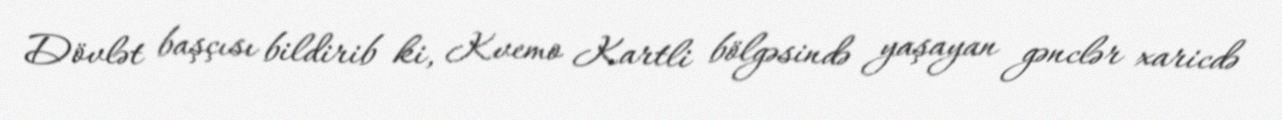
Dövlət başçısı bildirib ki, Kvemo Kartli bölgəsində yaşayan gənclər xaricdə